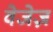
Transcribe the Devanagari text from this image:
वेजेज़